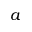
a